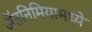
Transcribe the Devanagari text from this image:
ॲतनिमियामध्ये